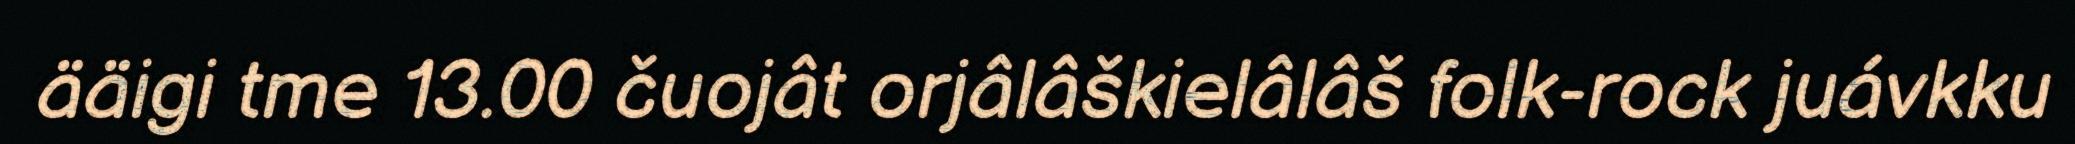
ääigi tme 13.00 čuojât orjâlâškielâlâš folk-rock juávkku